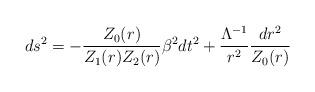
LaTeX: \begin{align*}ds^2=-\frac{Z_0(r)}{Z_1(r)Z_2(r)}\beta^2dt^2+\frac{\Lambda^{-1}}{r^2}\frac{dr^2}{Z_0(r)}\end{align*}